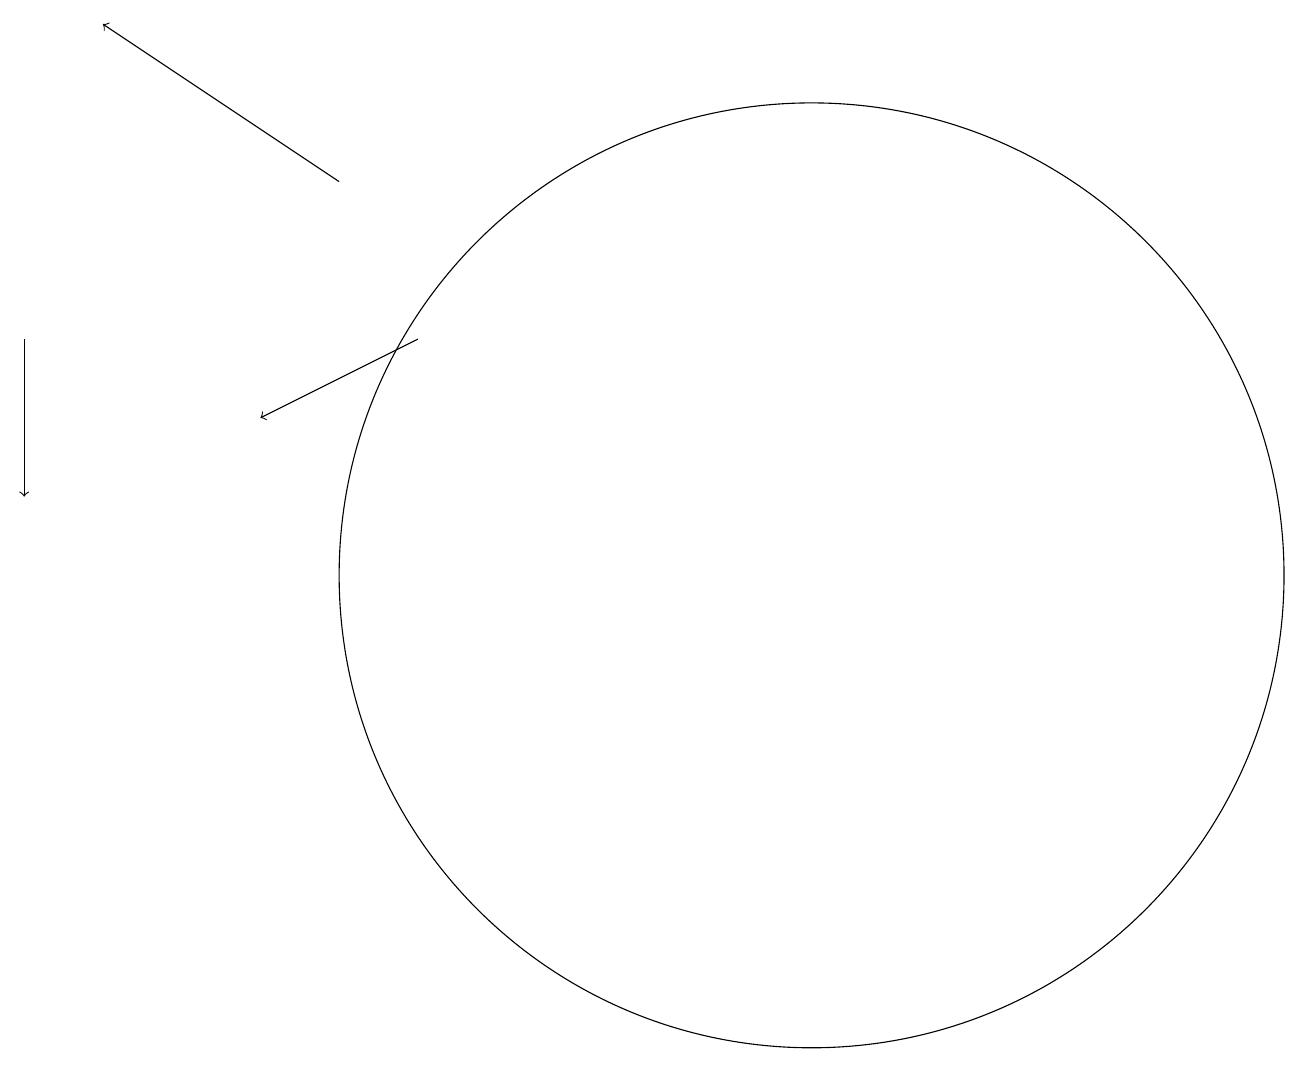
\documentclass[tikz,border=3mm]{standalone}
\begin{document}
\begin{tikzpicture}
\draw[->] (6,15) -- (4,14);
\draw[->] (5,17) -- (2,19);
\draw[->] (1,15) -- (1,13);
\draw (11,12) circle (6);
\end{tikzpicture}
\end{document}